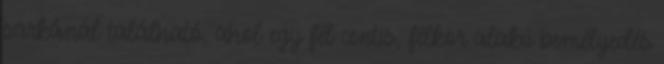
sarkánál található, ahol egy fél centis, félkör alakú bemélyedés